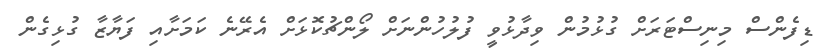
ޑިފެންސް މިނިސްޓަރަށް ގުޅުމުން ވިދާޅުވީ ފުލުހުންނަށް ލޯންޗުކޮޅަށް އެރޭނެ ކަމަށާއި ފަޔާޒާ ގުޅިގެން